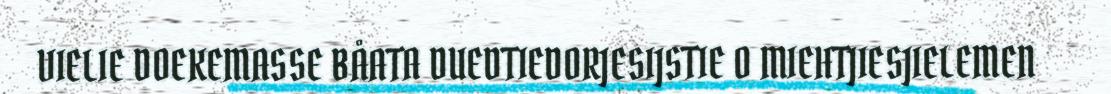
VIELIE DOEKEMASSE BÅATA DUEDTIEDORJESIJSTIE O MIEHTJIESJIELEMEN